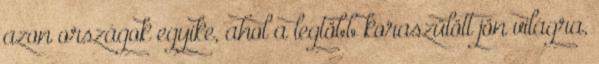
azon országok egyike, ahol a legtöbb koraszülött jön világra,